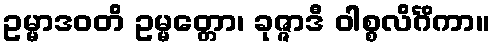
ဥမ္မာဒဝတိ ဥမ္မတ္တော၊ ခုဇ္ဇာဒီ ဝါစ္စလိင်္ဂိကာ။